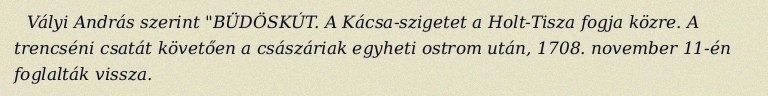
Vályi András szerint "BÜDÖSKÚT. A Kácsa-szigetet a Holt-Tisza fogja közre. A trencséni csatát követően a császáriak egyheti ostrom után, 1708. november 11-én foglalták vissza.